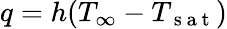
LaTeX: q=h(T_{\infty}-T_{\mathrm{~s~a~t~}})